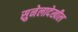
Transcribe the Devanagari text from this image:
सुनेलादेखील